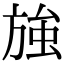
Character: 𭤽